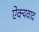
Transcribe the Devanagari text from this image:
ऐक्यवाद